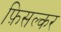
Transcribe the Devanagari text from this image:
फ़िसल्कर